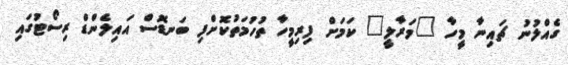
ގެއްލުނު ޗައިނާ މީހާ "މަރާލީ" ކަމަށް ފިރިމީހާ ތުހުމަތުކޮށްފި ބަނޑޮސް އައިލެންޑް ރިސޯޓުގައި